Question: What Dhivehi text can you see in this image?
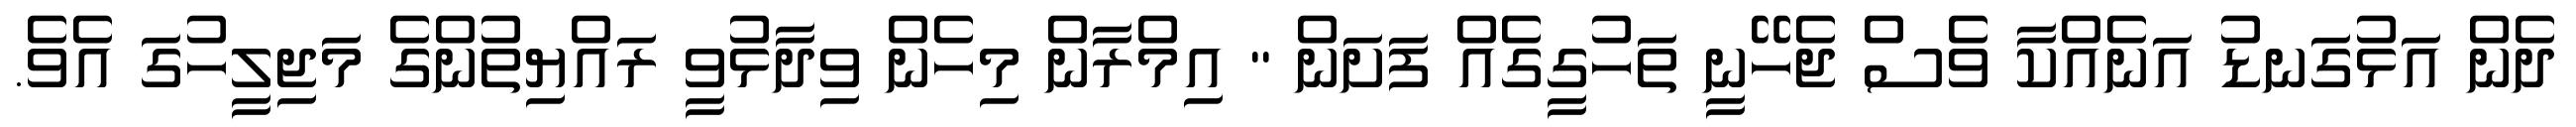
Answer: ދެން އަޅުގަނޑު އަނެއްކާ ވެސް ޖެހޭނީ ތަހުގީގެއް ފަށަން " އިމްރާން މިހެން ވިދާޅުވީ ރައްޔިތުންގެ މަޖިލީހުގަ އެވެ.